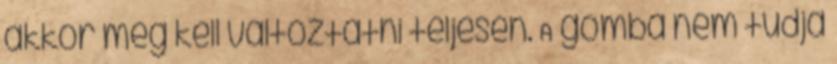
akkor meg kell változtatni teljesen. A gomba nem tudja